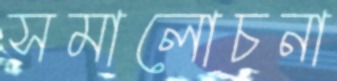
সমালোচনা